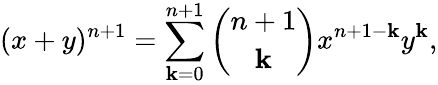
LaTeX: (x+y)^{n+1}=\sum_{\mathbf{k}=0}^{n+1}{\binom{n+1}{\mathbf{k}}}x^{n+1-\mathbf{k}}y^{\mathbf{k}},